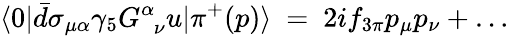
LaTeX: \langle 0|\bar{d}\sigma_{\mu\alpha}\gamma_{5}G_{\phantom{\alpha}\nu}^{\alpha}u|\pi^{+}(p)\rangle\ =\ 2if_{3\pi}p_{\mu}p_{\nu}+\dots